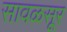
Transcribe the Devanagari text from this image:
सावळसूर